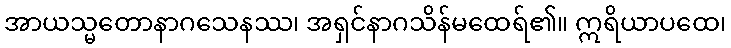
အာယသ္မတောနာဂသေနဿ၊ အရှင်နာဂသိန်မထေရ်၏။ ဣရိယာပထေ၊